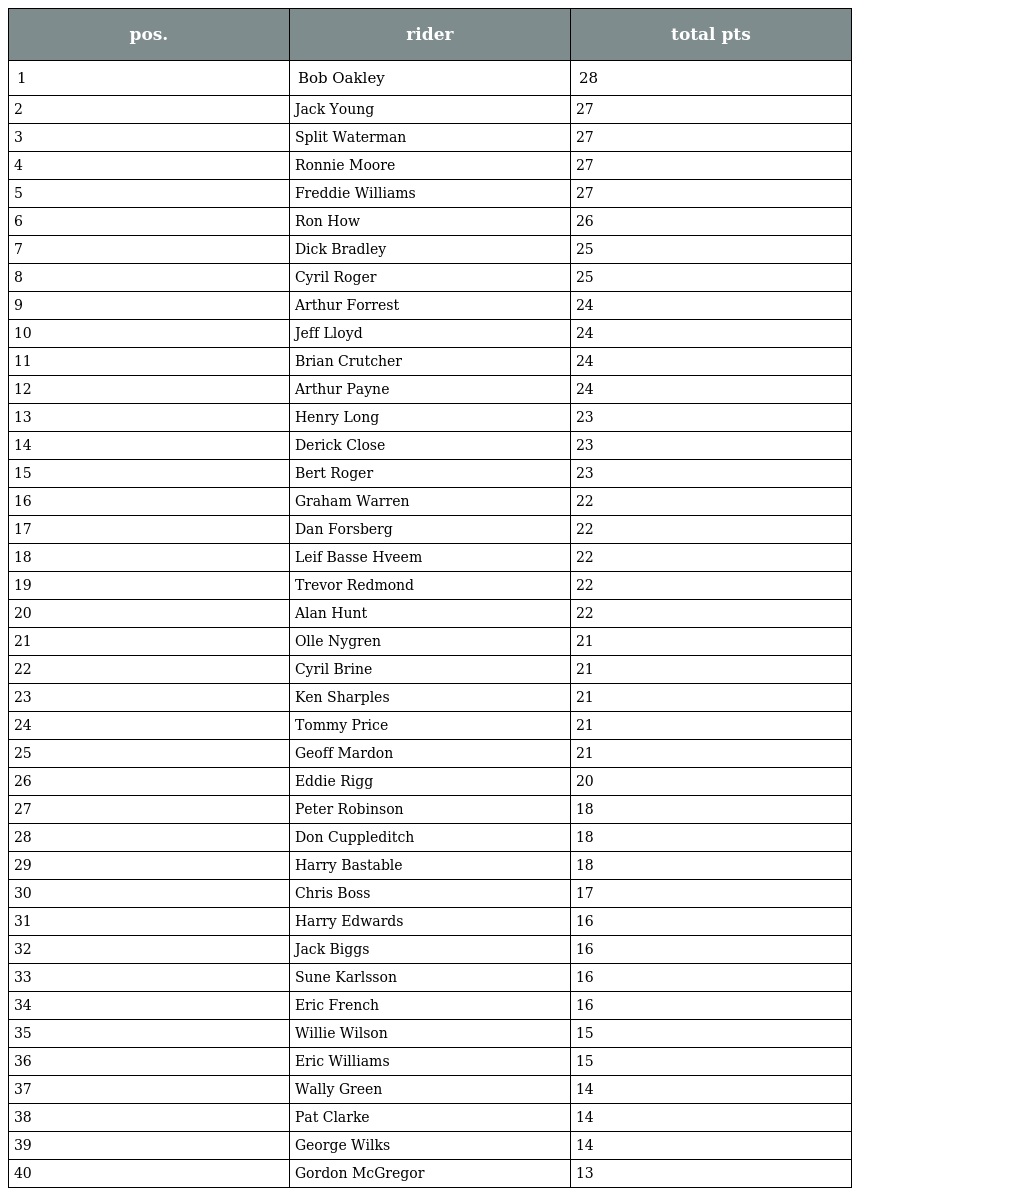
| pos. | rider | total pts |
 | --- | --- | --- |
 | 1 | Bob Oakley | 28 |
 | 2 | Jack Young | 27 |
 | 3 | Split Waterman | 27 |
 | 4 | Ronnie Moore | 27 |
 | 5 | Freddie Williams | 27 |
 | 6 | Ron How | 26 |
 | 7 | Dick Bradley | 25 |
 | 8 | Cyril Roger | 25 |
 | 9 | Arthur Forrest | 24 |
 | 10 | Jeff Lloyd | 24 |
 | 11 | Brian Crutcher | 24 |
 | 12 | Arthur Payne | 24 |
 | 13 | Henry Long | 23 |
 | 14 | Derick Close | 23 |
 | 15 | Bert Roger | 23 |
 | 16 | Graham Warren | 22 |
 | 17 | Dan Forsberg | 22 |
 | 18 | Leif Basse Hveem | 22 |
 | 19 | Trevor Redmond | 22 |
 | 20 | Alan Hunt | 22 |
 | 21 | Olle Nygren | 21 |
 | 22 | Cyril Brine | 21 |
 | 23 | Ken Sharples | 21 |
 | 24 | Tommy Price | 21 |
 | 25 | Geoff Mardon | 21 |
 | 26 | Eddie Rigg | 20 |
 | 27 | Peter Robinson | 18 |
 | 28 | Don Cuppleditch | 18 |
 | 29 | Harry Bastable | 18 |
 | 30 | Chris Boss | 17 |
 | 31 | Harry Edwards | 16 |
 | 32 | Jack Biggs | 16 |
 | 33 | Sune Karlsson | 16 |
 | 34 | Eric French | 16 |
 | 35 | Willie Wilson | 15 |
 | 36 | Eric Williams | 15 |
 | 37 | Wally Green | 14 |
 | 38 | Pat Clarke | 14 |
 | 39 | George Wilks | 14 |
 | 40 | Gordon McGregor | 13 |